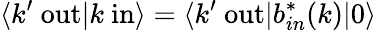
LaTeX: \langle k^{\prime}\ \mathrm{out}|k\ \mathrm{in}\rangle=\langle k^{\prime}\ \mathrm{out}|b_{in}^{*}(k)|0\rangle